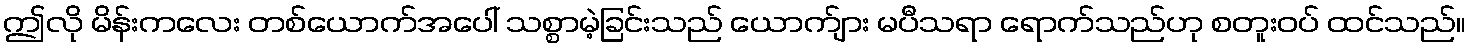
ဤလို မိန်းကလေး တစ်ယောက်အပေါ် သစ္စာမဲ့ခြင်းသည် ယောက်ျား မပီသရာ ရောက်သည်ဟု စတူးဝပ် ထင်သည်။